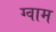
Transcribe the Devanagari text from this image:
ग्वाम